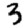
Digit: 3